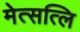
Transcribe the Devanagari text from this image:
मेत्सत्लि